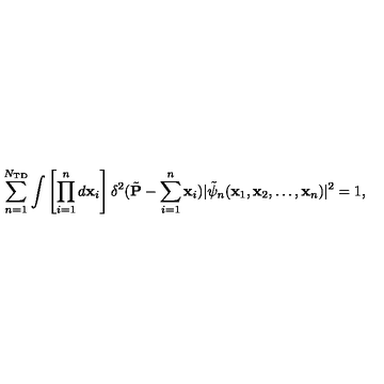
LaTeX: \sum _ { n = 1 } ^ { N _ { \mathrm { T D } } } \int \left[ \prod _ { i = 1 } ^ { n } d { \bf x } _ { i } \right] \delta ^ { 2 } ( \tilde { { \bf P } } - \sum _ { i = 1 } ^ { n } { \bf x } _ { i } ) | \tilde { \psi } _ { n } ( { \bf x } _ { 1 } , { \bf x } _ { 2 } , \dots , { \bf x } _ { n } ) | ^ { 2 } = 1 ,